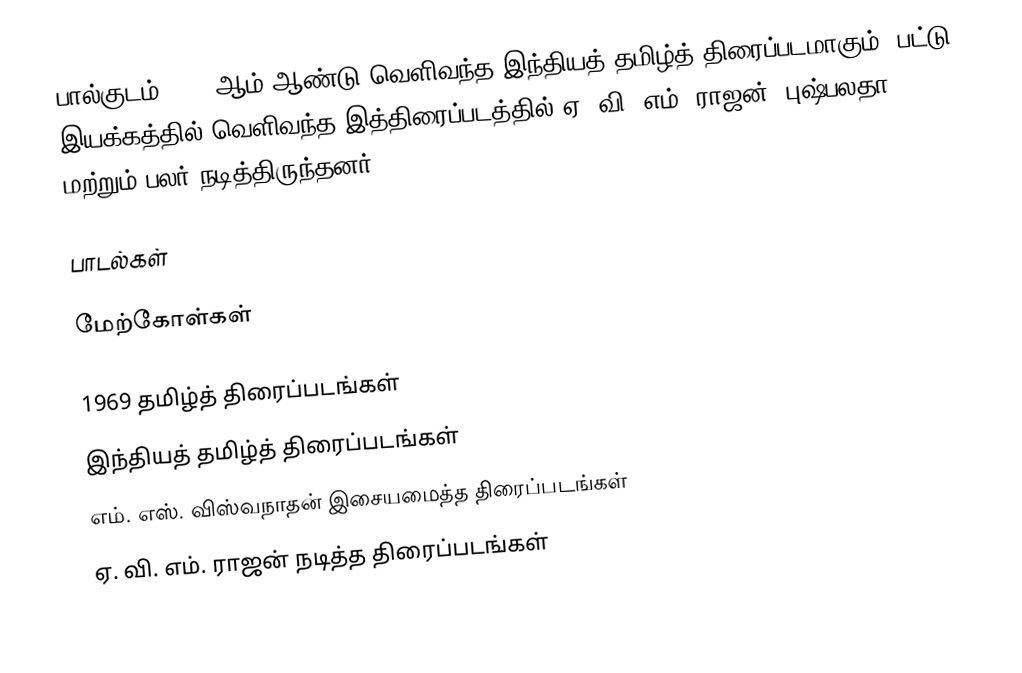
பால்குடம் 1969 ஆம் ஆண்டு வெளிவந்த இந்தியத் தமிழ்த் திரைப்படமாகும். பட்டு இயக்கத்தில் வெளிவந்த இத்திரைப்படத்தில் ஏ. வி. எம். ராஜன், புஷ்பலதா மற்றும் பலர் நடித்திருந்தனர்.

பாடல்கள்

மேற்கோள்கள்

1969 தமிழ்த் திரைப்படங்கள்
இந்தியத் தமிழ்த் திரைப்படங்கள்
எம். எஸ். விஸ்வநாதன் இசையமைத்த திரைப்படங்கள்
ஏ. வி. எம். ராஜன் நடித்த திரைப்படங்கள்